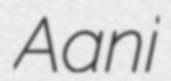
Aani